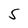
Character: 5